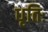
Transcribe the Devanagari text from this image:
धृतिः